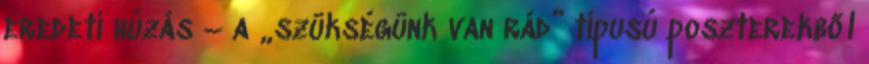
eredeti húzás – a „szükségünk van rád” típusú poszterekből